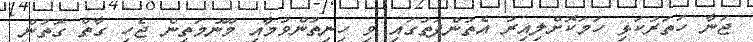
ޖަނާ ހަތަރުކަޅި ހަމަކޮށްލިއިރު އެތުންފަތުގައި ވި ހިނިތުންވުމާއި މޫނުމަތިން ޖެހި ގާތް ގޮތުން